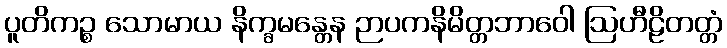
ပူတိကဉ္စ သောမာယ နိက္ခမန္တေန ဉာပကနိမိတ္တဘာဝေါ ဩဟီဠိတတ္တံ